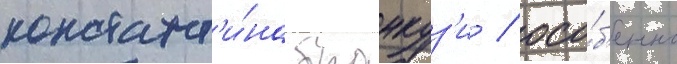
констант'и́на бранкуз'и / осо́б'енно